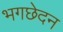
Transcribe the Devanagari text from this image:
भगछेदन